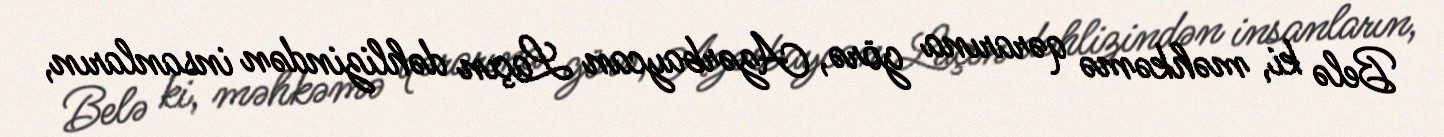
Belə ki, məhkəmə qərarına görə, Azərbaycan Laçın dəhlizindən insanların,